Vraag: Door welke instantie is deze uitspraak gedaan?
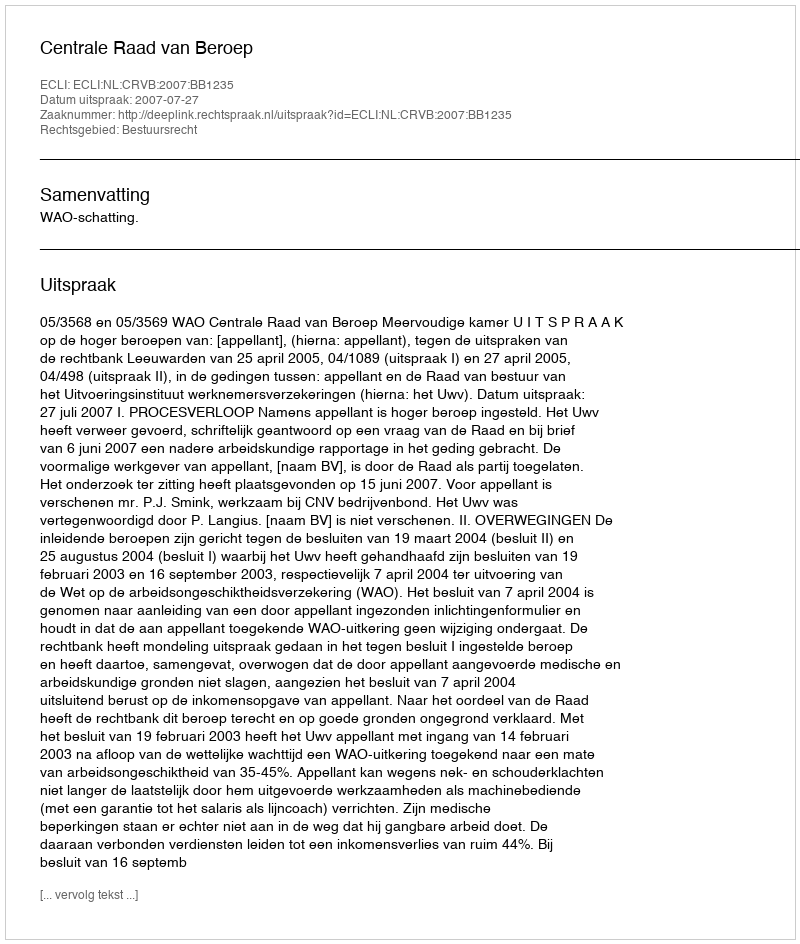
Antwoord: Centrale Raad van Beroep